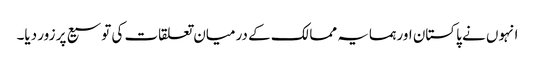
انہوں نے پاکستان اور ہمسایہ ممالک کے درمیان تعلقات کی توسیع پر زور دیا۔